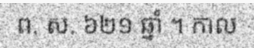
ព. ស. ៦២១ ឆ្នាំ ។ កាល